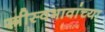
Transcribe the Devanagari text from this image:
स्त्रीस्वभावांच्या